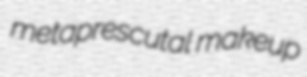
metaprescutal makeup